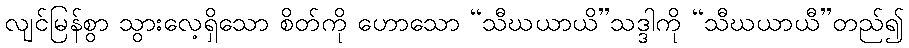
လျင်မြန်စွာ သွားလေ့ရှိသော စိတ်ကို ဟောသော “သီဃယာယိ”သဒ္ဒါကို “သီဃယာယီ”တည်၍